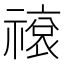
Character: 𬓕